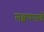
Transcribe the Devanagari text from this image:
लक्षणशास्त्रों